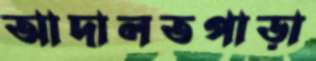
আদালতপাড়া